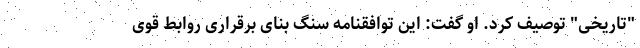
"تاریخی" توصیف کرد. او گفت: این توافقنامه سنگ بنای برقراری روابط قوی